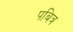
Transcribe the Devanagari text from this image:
पबित्र